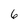
Character: 6